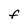
Character: F